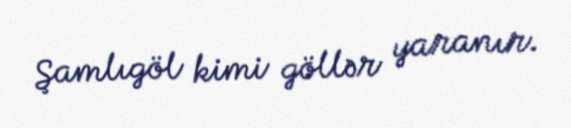
Şamlıgöl kimi göllər yaranır.